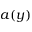
a ( y )